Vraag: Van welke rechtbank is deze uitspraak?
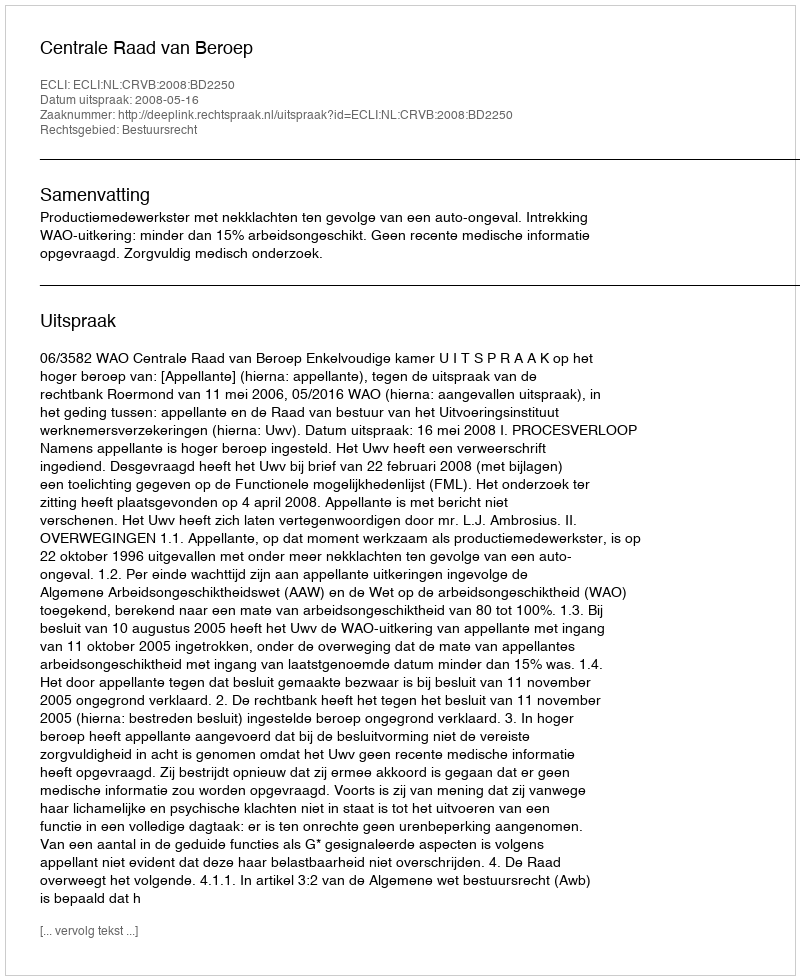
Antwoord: Centrale Raad van Beroep